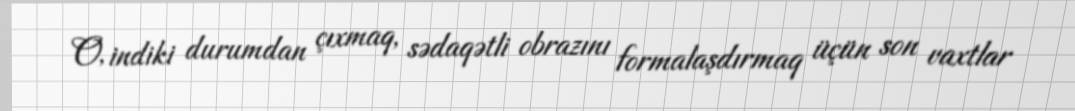
O, indiki durumdan çıxmaq, sədaqətli obrazını formalaşdırmaq üçün son vaxtlar